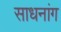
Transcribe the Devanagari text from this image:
साधनांग